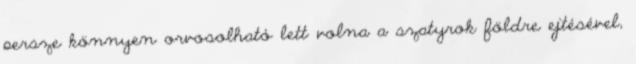
persze könnyen orvosolható lett volna a szatyrok földre ejtésével,